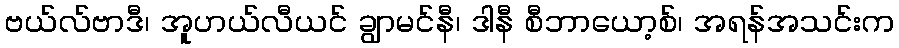
ဗယ်လ်ဗာဒီ၊ အူဟယ်လီယင် ချွာမင်နီ၊ ဒါနီ စီဘာယော့စ်၊ အရန်အသင်းက